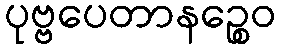
ပုဗ္ဗပေတာနဉ္စေဝ